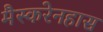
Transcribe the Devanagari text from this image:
मैस्करेनहास